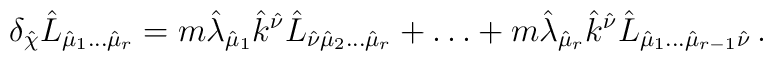
\delta_{\hat{\chi}} \hat{L}_{\hat{\mu}_{1}\ldots\hat{\mu}_{r}}= m\hat{\lambda}_{\hat{\mu}_{1}}\hat{k}^{\hat{\nu}}\hat{L}_{\hat{\nu}\hat{\mu}_{2}\ldots\hat{\mu}_{r}}+\ldots +m\hat{\lambda}_{\hat{\mu}_{r}}\hat{k}^{\hat{\nu}}\hat{L}_{\hat{\mu}_{1}\ldots\hat{\mu}_{r-1}\hat{\nu}}\, .